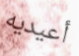
أعيديه